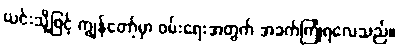
ယင်းသို့ဖြင့် ကျွန်တော့်မှာ ဝမ်းရေးအတွက် အခက်ကြုံရလေသည်။